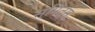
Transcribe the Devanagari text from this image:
स्मित्स